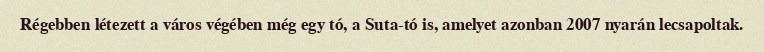
Régebben létezett a város végében még egy tó, a Suta-tó is, amelyet azonban 2007 nyarán lecsapoltak.